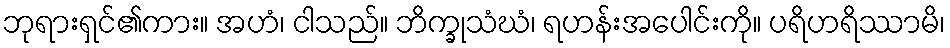
ဘုရားရှင်၏ကား။ အဟံ၊ ငါသည်။ ဘိက္ခုသံဃံ၊ ရဟန်းအပေါင်းကို။ ပရိဟရိဿာမိ၊